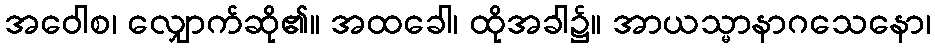
အဝေါစ၊ လျှောက်ဆို၏။ အထခေါ၊ ထိုအခါ၌။ အာယသ္မာနာဂသေနော၊